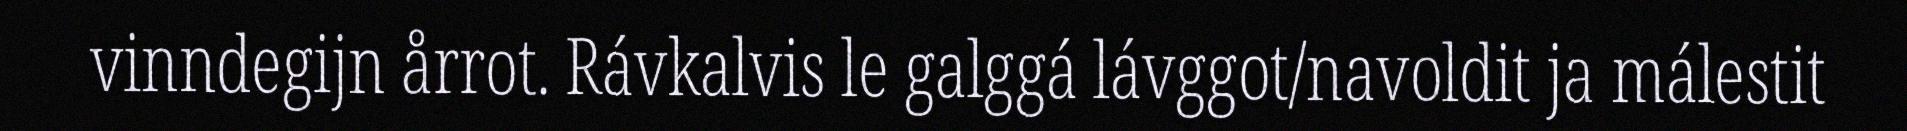
vinndegijn årrot. Rávkalvis le galggá lávggot/navoldit ja málestit